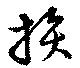
損